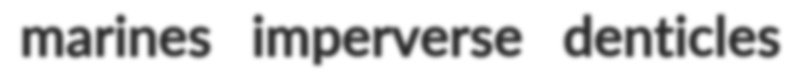
marines imperverse denticles